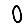
Digit: 0